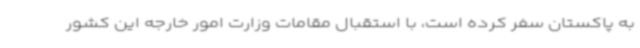
به پاکستان سفر کرده است، با استقبال مقامات وزارت امور خارجه این کشور